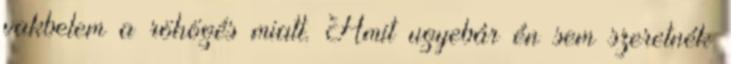
vakbelem a röhögés miatt. Amit ugyebár én sem szeretnék